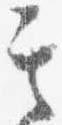
其